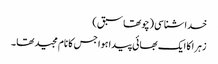
خداشناسی (چوتھاسبق )
زہرا کا ایک بھائی پیدا ہوا جس کا نام مجید تھا ۔